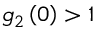
g _ { 2 } \left( 0 \right) > 1